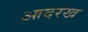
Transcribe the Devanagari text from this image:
आदरख